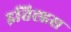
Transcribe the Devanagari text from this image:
इतिह्हस